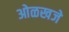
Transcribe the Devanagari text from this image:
ओळखजे